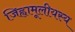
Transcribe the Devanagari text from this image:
जिह्वामूलीयस्य